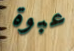
عبوة